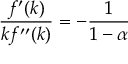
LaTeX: { \frac { f ^ { \prime } ( k ) } { k f ^ { \prime \prime } ( k ) } } = - { \frac { 1 } { 1 - \alpha } }